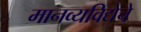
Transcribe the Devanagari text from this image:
मानव्यविद्येचे